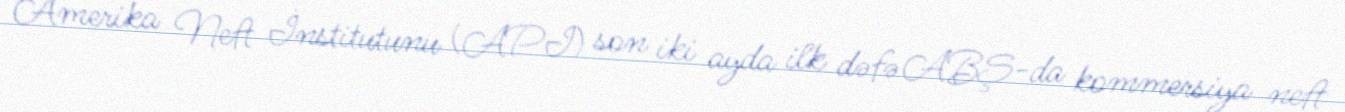
Amerika Neft İnstitutunu (API) son iki ayda ilk dəfə ABŞ-da kommersiya neft